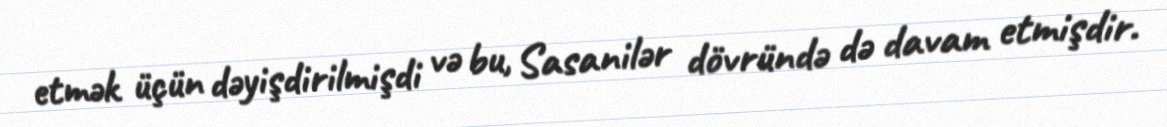
etmək üçün dəyişdirilmişdi və bu, Sasanilər dövründə də davam etmişdir.